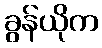
ခွန်ယိုက